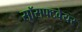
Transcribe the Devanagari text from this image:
सॉसफ्टवेयर